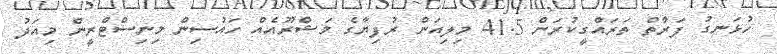
ހުޅަނގު ފަރާތް ތަރައްގީކުރަން 41.5 މިލިއަން ރުފިޔާގެ މަޝްރޫއެއް ހައުސިން މިނިސްޓްރީން މިއަދު